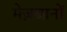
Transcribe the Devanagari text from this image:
मेज़बानों